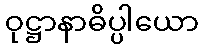
ဝုဋ္ဌာနာဓိပ္ပါယော